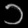
Digit: ၁